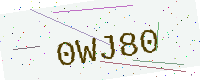
Text: 0WJ80